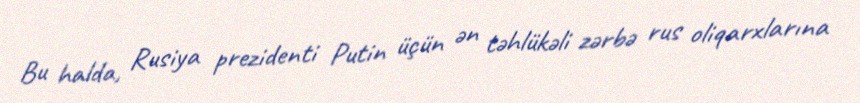
Bu halda, Rusiya prezidenti Putin üçün ən təhlükəli zərbə rus oliqarxlarına